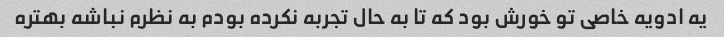
یه ادویه خاصی تو خورش بود که تا به حال تجربه نکرده بودم به نظرم نباشه بهتره